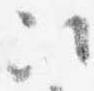
次